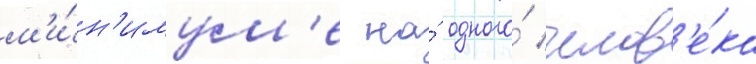
м'и́н'имум'е на́ одного́ челов'е́ка